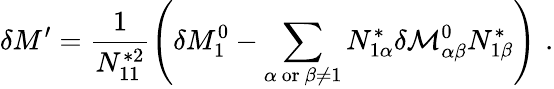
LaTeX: \delta M^{\prime}=\frac{1}{N_{11}^{*2}}\left(\delta M_{1}^{0}-\sum_{\alpha\ \mathrm{or}\ \beta\neq 1}N_{1\alpha}^{*}\delta{\cal M}_{\alpha\beta}^{0}N_{1\beta}^{*}\right)\, \, .